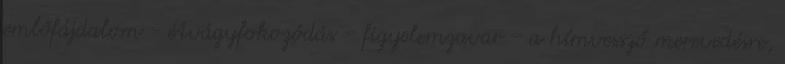
emlőfájdalom - étvágyfokozódás - figyelemzavar - a hímvessző merevedésre,